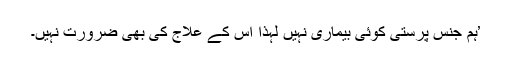
’ہم جنس پرستی کوئی بیماری نہیں لہٰذا اس کے علاج کی بھی ضرورت نہیں۔